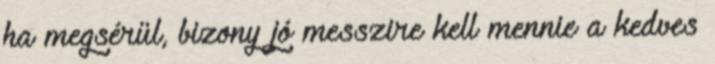
ha megsérül, bizony jó messzire kell mennie a kedves